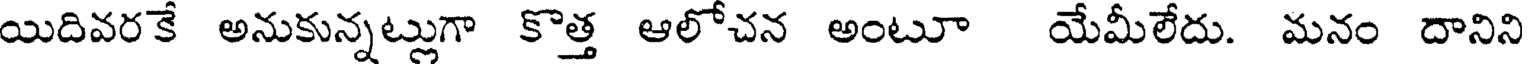
యిదివరకే అనుకున్నట్లుగా కొత్త ఆలోచన అంటూ యేమీలేదు. మనం దానిని